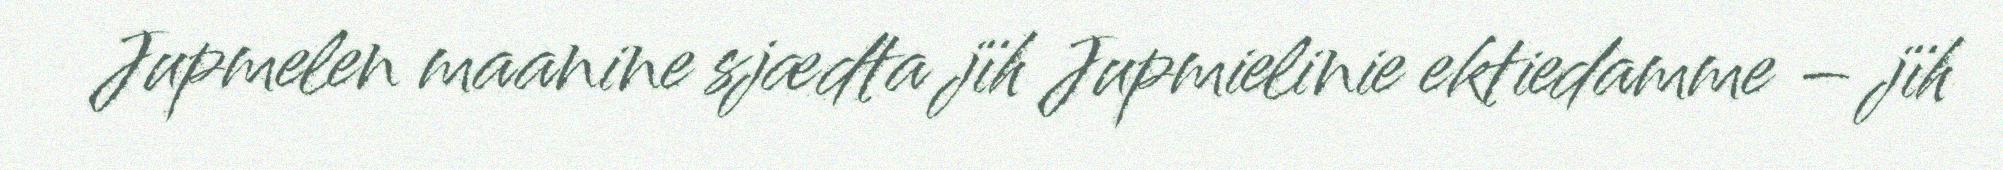
Jupmelen maanine sjædta jïh Jupmielinie ektiedamme – jïh